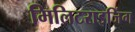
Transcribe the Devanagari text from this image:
मिलिटराइजिंग